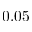
0 . 0 5